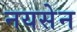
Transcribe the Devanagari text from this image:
नयसेन